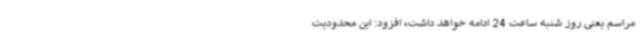
مراسم یعنی روز شنبه ساعت 24 ادامه خواهد داشت، افزود: این محدودیت